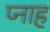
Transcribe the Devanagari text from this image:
प्नाह